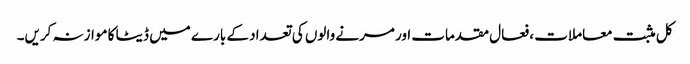
کل مثبت معاملات ، فعال مقدمات اور مرنے والوں کی تعداد کے بارے میں ڈیٹا کا موازنہ کریں۔